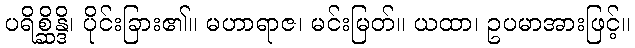
ပရိစ္ဆိန္ဒိ၊ ပိုင်းခြား၏။ မဟာရာဇ၊ မင်းမြတ်။ ယထာ၊ ဥပမာအားဖြင့်။